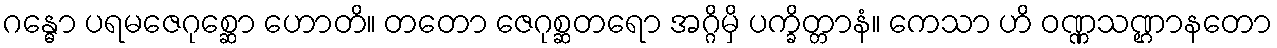
ဂန္ဓော ပရမဇေဂုစ္ဆော ဟောတိ။ တတော ဇေဂုစ္ဆတရော အဂ္ဂိမှိ ပက္ခိတ္တာနံ။ ကေသာ ဟိ ဝဏ္ဏသဏ္ဌာနတော